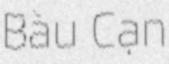
Bàu Cạn